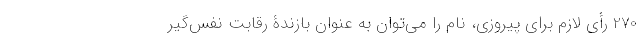
270 رأی لازم برای پیروزی، نام را می‌توان به عنوان بازندۀ رقابت نفس‌گیر